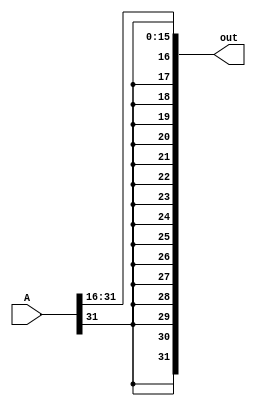
module shiftRby16(A, out);

    input [31:0] A;
    output [31:0] out;

    assign out[31] = A[31];
    assign out[30] = A[31];
    assign out[29] = A[31];
    assign out[28] = A[31];
    assign out[27] = A[31];
    assign out[26] = A[31];
    assign out[25] = A[31];
    assign out[24] = A[31];
    assign out[23] = A[31];
    assign out[22] = A[31];
    assign out[21] = A[31];
    assign out[20] = A[31];
    assign out[19] = A[31];
    assign out[18] = A[31];
    assign out[17] = A[31];
    assign out[16] = A[31];
    assign out[15:0] = A[31:16];

endmodule